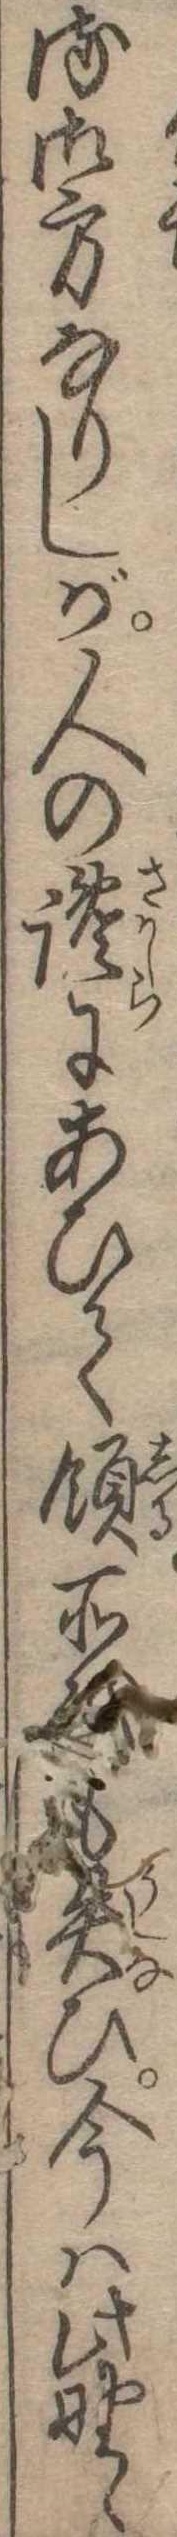
る御方なりしが人の讒にあひて領所も失ひ今は此野ゝ